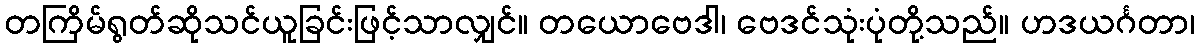
တကြိမ်ရွတ်ဆိုသင်ယူခြင်းဖြင့်သာလျှင်။ တယောဗေဒါ၊ ဗေဒင်သုံးပုံတို့သည်။ ဟဒယင်္ဂတာ၊